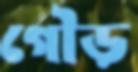
গৌড়